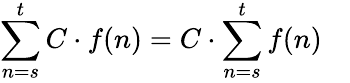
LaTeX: \sum_{n=s}^{t}C\cdot f(n)=C\cdot\sum_{n=s}^{t}f(n)\quad